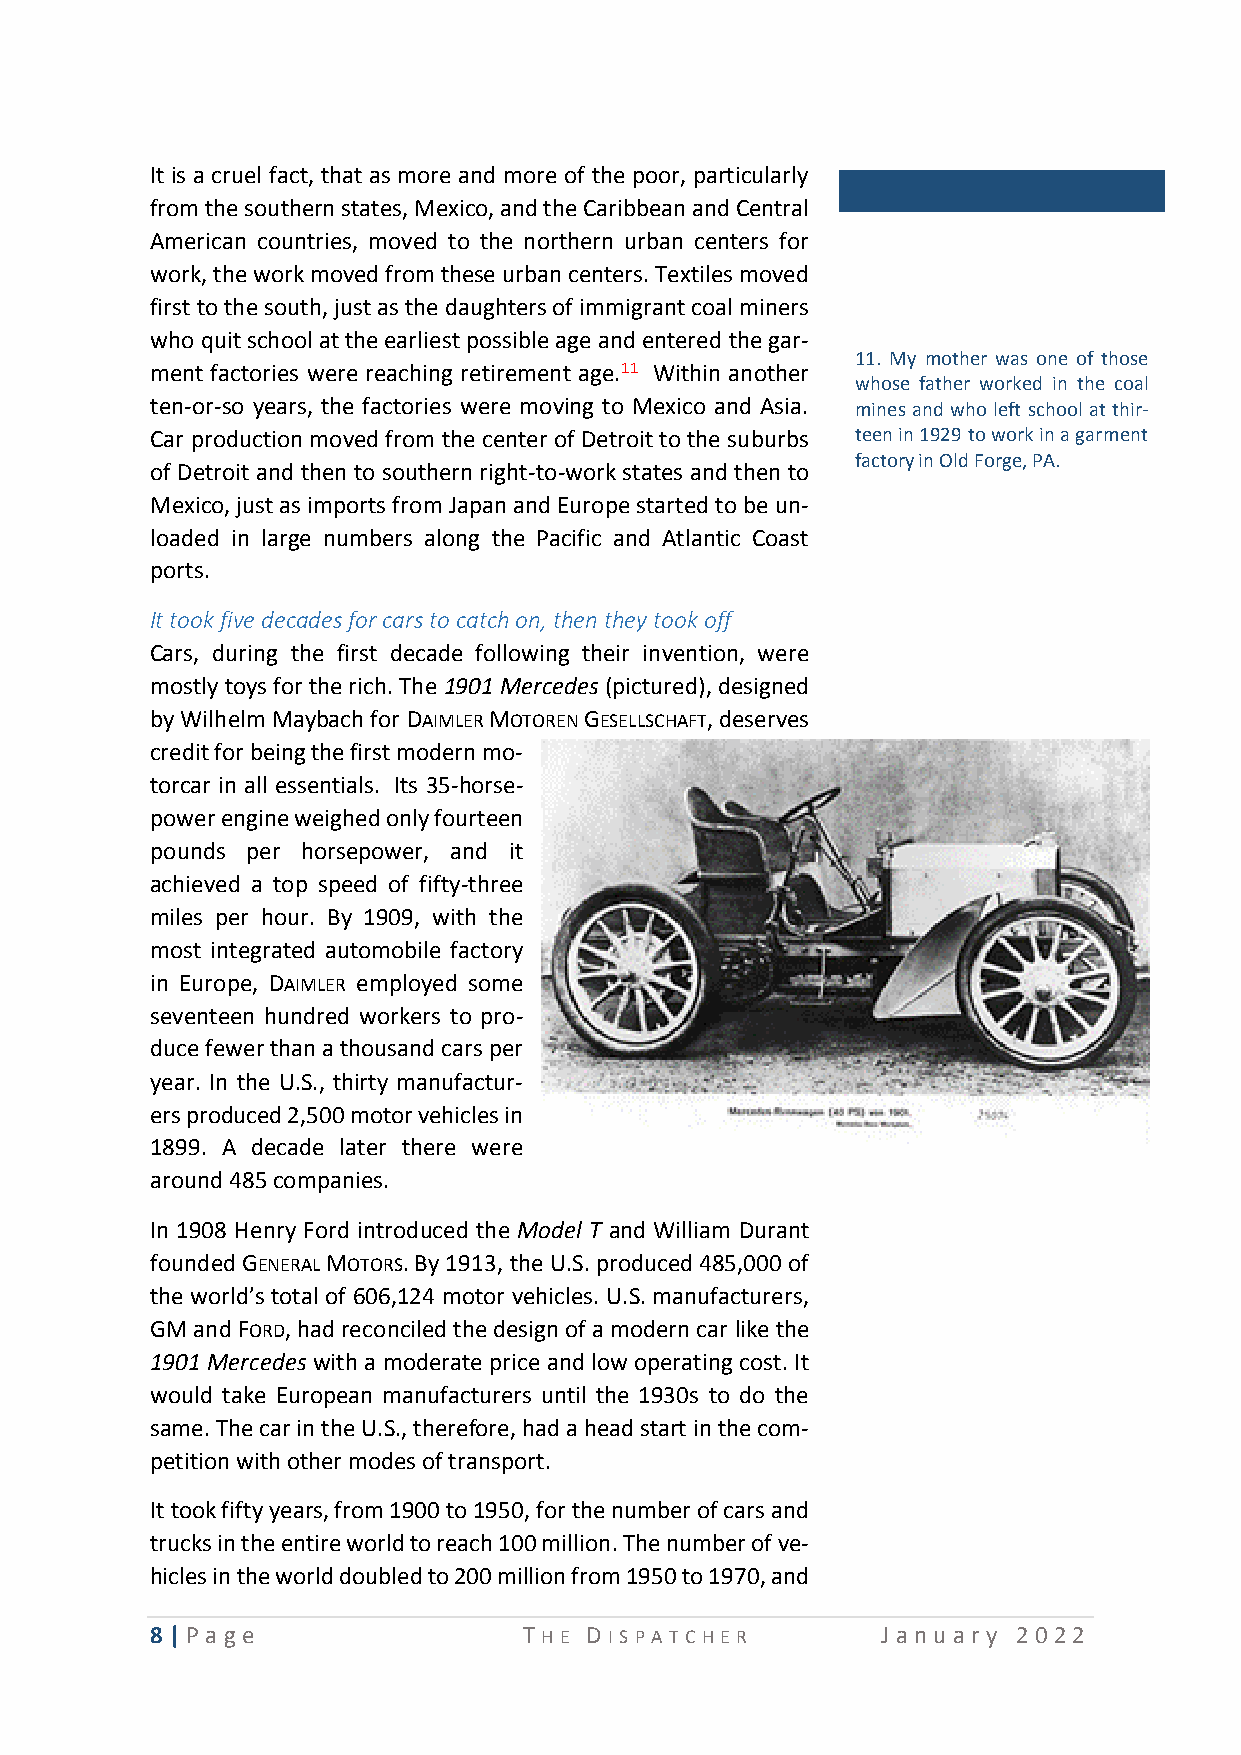
It is a cruel fact, that as more and more of the poor, particularly
 from the southern states, Mexico, and the Caribbean and Central
 American countries, moved to the northern urban centers for
 work, the work moved from these urban centers. Textiles moved
 first to the south, just as the daughters of immigrant coal miners
 who quit school at the earliest possible age and entered the gar-
 11. My mother was one of those
 ment factories were reaching retirement age.11 Within another
 whose father worked in the coal
 ten-or-so years, the factories were moving to Mexico and Asia. mines and who left school at thir-
 Car production moved from the center of Detroit to the suburbs t een in 1929 to work in a garment
 factory in Old Forge, PA.
 of Detroit and then to southern right-to-work states and then to
 Mexico, just as imports from Japan and Europe started to be un-
 loaded in large numbers along the Pacific and Atlantic Coast
 ports.
 It took five decades for cars to catch on, then they took off
 Cars, during the first decade following their invention, were
 mostly toys for the rich. The 1901 Mercedes (pictured), designed
 by Wilhelm Maybach for DAIMLER MOTOREN GESELLSCHAFT, deserves
 credit for being the first modern mo-
 torcar in all essentials. Its 35-horse-
 power engine weighed only fourteen
 pounds per horsepower, and it
 achieved a top speed of fifty-three
 miles per hour. By 1909, with the
 most integrated automobile factory
 in Europe, DAIMLER employed some
 seventeen hundred workers to pro-
 duce fewer than a thousand cars per
 year. In the U.S., thirty manufactur-
 ers produced 2,500 motor vehicles in
 1899. A decade later there were
 around 485 companies.
 In 1908 Henry Ford introduced the Model T and William Durant
 founded GENERAL MOTORS. By 1913, the U.S. produced 485,000 of
 the world’s total of 606,124 motor vehicles. U.S. manufacturers,
 GM and FORD, had reconciled the design of a modern car like the
 1901 Mercedes with a moderate price and low operating cost. It
 would take European manufacturers until the 1930s to do the
 same. The car in the U.S., therefore, had a head start in the com-
 petition with other modes of transport.
 It took fifty years, from 1900 to 1950, for the number of cars and
 trucks in the entire world to reach 100 million. The number of ve-
 hicles in the world doubled to 200 million from 1950 to 1970, and
 8 | P age                T HE D I SP A T CHE R  Ja n u ary 2 0 22